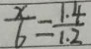
\frac { x } { 6 } = \frac { 1 . 4 } { 1 . 2 }